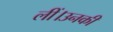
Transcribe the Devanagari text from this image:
लीं।उनकी